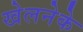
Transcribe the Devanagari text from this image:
खेलनेके